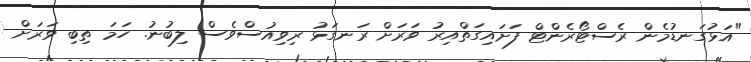
"އަޅުގަނޑުމެން ރެސްޓޯރެންޓް ފަށައިގަތްއިރު ވަރަށް ރަނގަޅު ރިވިއުސްވެސް ލިބުނު. ހަމަ ތިބި ވަރަށް